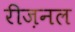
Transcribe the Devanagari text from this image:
रीज़नल